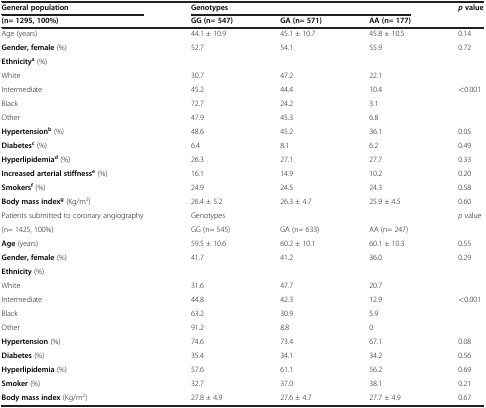
| General population | <COLSPAN=3> Genotypes | pvalue |
 | (n= 1295, 100%) | GG (n= 547) | GA (n= 571) | AA (n= 177) |  |
 | --- | --- | --- | --- | --- |
 | Age (years) | 44.1 ± 10.9 | 45.1 ± 10.7 | 45.8 ± 10.5 | 0.14 |
 | Gender, female (%) | 52.7 | 54.1 | 55.9 | 0.72 |
 | Ethnicitya (%) |  |  |  |  |
 | White | 30.7 | 47.2 | 22.1 |  |
 | Intermediate | 45.2 | 44.4 | 10.4 | <0.001 |
 | Black | 72.7 | 24.2 | 3.1 |  |
 | Other | 47.9 | 45.3 | 6.8 |  |
 | Hypertensionb (%) | 48.6 | 45.2 | 36.1 | 0.05 |
 | Diabetesc (%) | 6.4 | 8.1 | 6.2 | 0.49 |
 | Hyperlipidemiad (%) | 26.3 | 27.1 | 27.7 | 0.33 |
 | Increased arterial stiffnesse (%) | 16.1 | 14.9 | 10.2 | 0.20 |
 | Smokersf (%) | 24.9 | 24.5 | 24.3 | 0.58 |
 | Body mass indexg (Kg/m2) | 26.4 ± 5.2 | 26.3 ± 4.7 | 25.9 ± 4.5 | 0.60 |
 | Patients submitted to coronary angiography | <COLSPAN=3> Genotypes | p value |
 | (n= 1425, 100%) | GG (n= 545) | GA (n= 633) | AA (n= 247) |  |
 | Age (years) | 59.5 ± 10.6 | 60.2 ± 10.1 | 60.1 ± 10.3 | 0.55 |
 | Gender, female (%) | 41.7 | 41.2 | 36.0 | 0.29 |
 | Ethnicity (%) |  |  |  |  |
 | White | 31.6 | 47.7 | 20.7 |  |
 | Intermediate | 44.8 | 42.3 | 12.9 | <0.001 |
 | Black | 63.2 | 30.9 | 5.9 |  |
 | Other | 91.2 | 8.8 | 0 |  |
 | Hypertension (%) | 74.6 | 73.4 | 67.1 | 0.08 |
 | Diabetes (%) | 35.4 | 34.1 | 34.2 | 0.56 |
 | Hyperlipidemia (%) | 57.6 | 61.1 | 56.2 | 0.69 |
 | Smoker (%) | 32.7 | 37.0 | 38.1 | 0.21 |
 | Body mass index (Kg/m2) | 27.8 ± 4.9 | 27.6 ± 4.7 | 27.7 ± 4.9 | 0.67 |